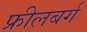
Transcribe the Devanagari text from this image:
फ्रीलबर्ग